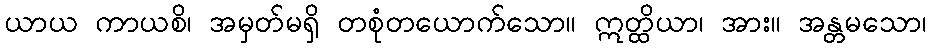
ယာယ ကာယစိ၊ အမှတ်မရှိ တစုံတယောက်သော။ ဣတ္ထိယာ၊ အား။ အန္တမသော၊